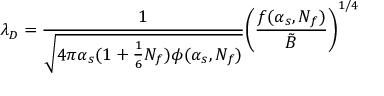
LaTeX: \lambda _ { D } = { \frac { 1 } { \sqrt { 4 \pi \alpha _ { s } ( 1 + { \frac { 1 } { 6 } } N _ { f } ) \phi ( \alpha _ { s } , N _ { f } ) } } } \Biggl ( { \frac { f ( \alpha _ { s } , N _ { f } ) } { \tilde { B } } } \Biggr ) ^ { 1 / 4 }